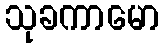
သုခကာမော